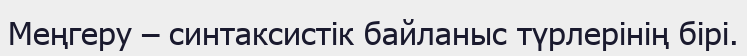
Меңгеру – синтаксистік байланыс түрлерінің бірі.